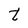
Character: t